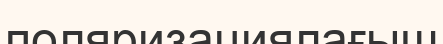
поляризациялағыш